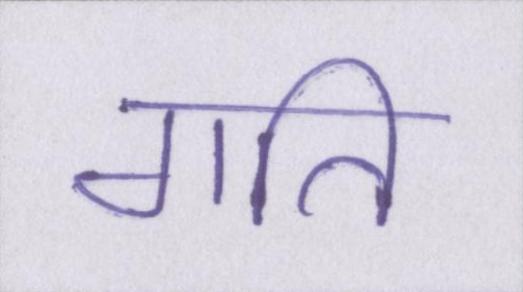
गति